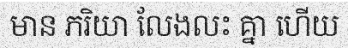
មាន ភរិយា លែងលះ គ្នា ហើយ